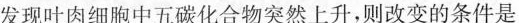
发现叶肉细胞中五碳化合物突然上升，则改变的条件是